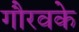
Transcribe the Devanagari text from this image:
गौरवके